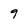
Character: 9